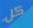
كل